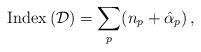
LaTeX: \begin{align*}\mbox{Index}\,({\cal D})=\sum_p(n_p+\hat\alpha_p)\,,\end{align*}